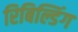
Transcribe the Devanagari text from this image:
रिबिल्डिंग